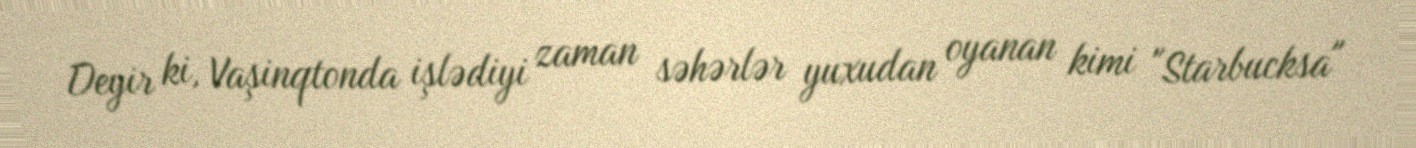
Deyir ki, Vaşinqtonda işlədiyi zaman səhərlər yuxudan oyanan kimi "Starbucksa"